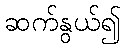
ဆက်နွယ်၍